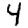
Digit: 4